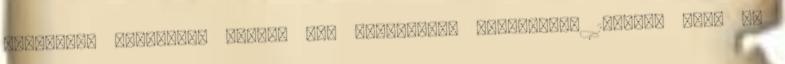
C-vitamin Folyékony Manuka méz Új-Zélandi Gránátalma 100%-os Ital 30